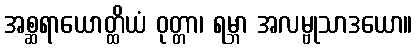
အစ္ဆရာယောတ္ထိယံ ဝုတ္တာ၊ ရမ္ဘာ အလမ္ဗုသာဒယော။